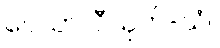
ဝေသာလီသုတ်-သံ။